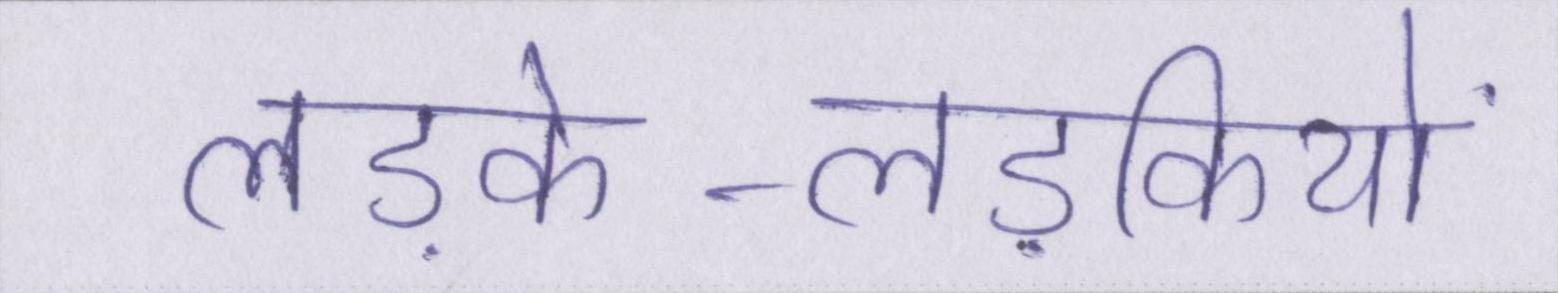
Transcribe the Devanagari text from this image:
लड़के-लड़कियों